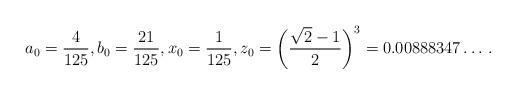
LaTeX: \begin{align*}a_0=\frac{4}{125},b_0=\frac{21}{125},x_0=\frac{1}{125}, z_0=\biggl(\frac{\sqrt2-1}2\biggr)^3=0.00888347\dotsc.\end{align*}